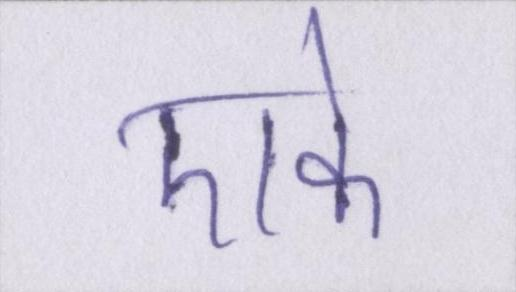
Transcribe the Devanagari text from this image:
एके